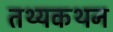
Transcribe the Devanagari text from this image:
तथ्यकथन